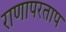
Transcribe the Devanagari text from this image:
राणापरताप